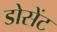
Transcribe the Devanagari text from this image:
डोसेंट